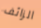
الزائف